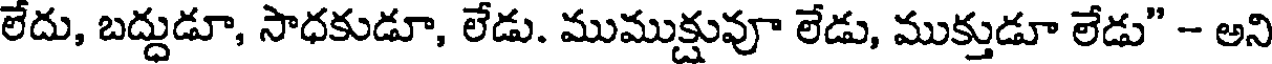
లేదు, బద్దుడూ, సాధకుడూ, లేడు. ముముక్షువూ లేడు, ముక్తుడూ లేడు" - అని